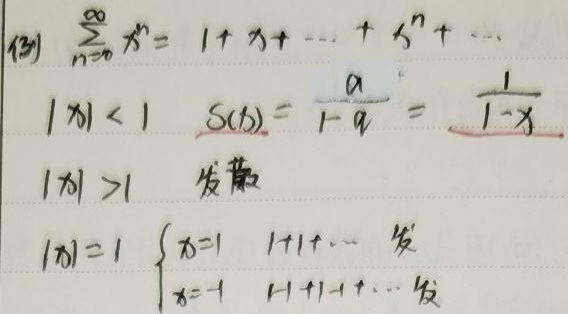
\begin{align*}
&\text{例 }\sum_{n = 0}^{\infty}x^{n}=1 + x+\cdots+x^{n}+\cdots\\
&|x|<1\quad S(x)=\frac{a}{1 - q}=\frac{1}{1 - x}\\
&|x|>1\quad \text{发散}\\
&|x| = 1 \begin{cases}
x = 1&1 + 1+\cdots \text{ 发}\\
x=-1&1 - 1+1+\cdots \text{ 发}
\end{cases}
\end{align*}